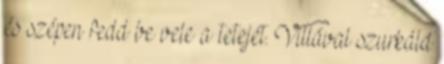
és szépen fedd be vele a tetejét. Villával szurkáld